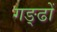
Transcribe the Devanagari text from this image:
गङ्ढों